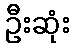
ဦးဆုံး